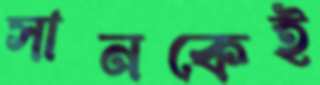
সানকেই